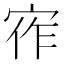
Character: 宱